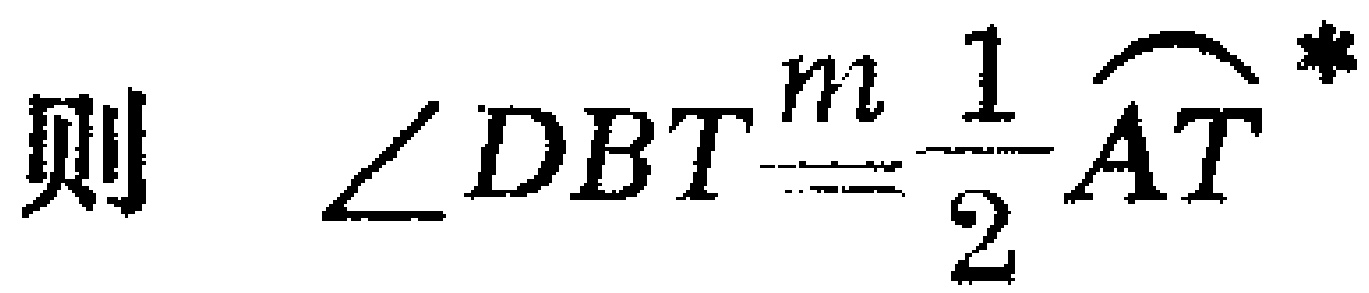
则 $\angle DBT\overset{m}{=}\frac{1}{2}\overset{\frown}{AT}^*$